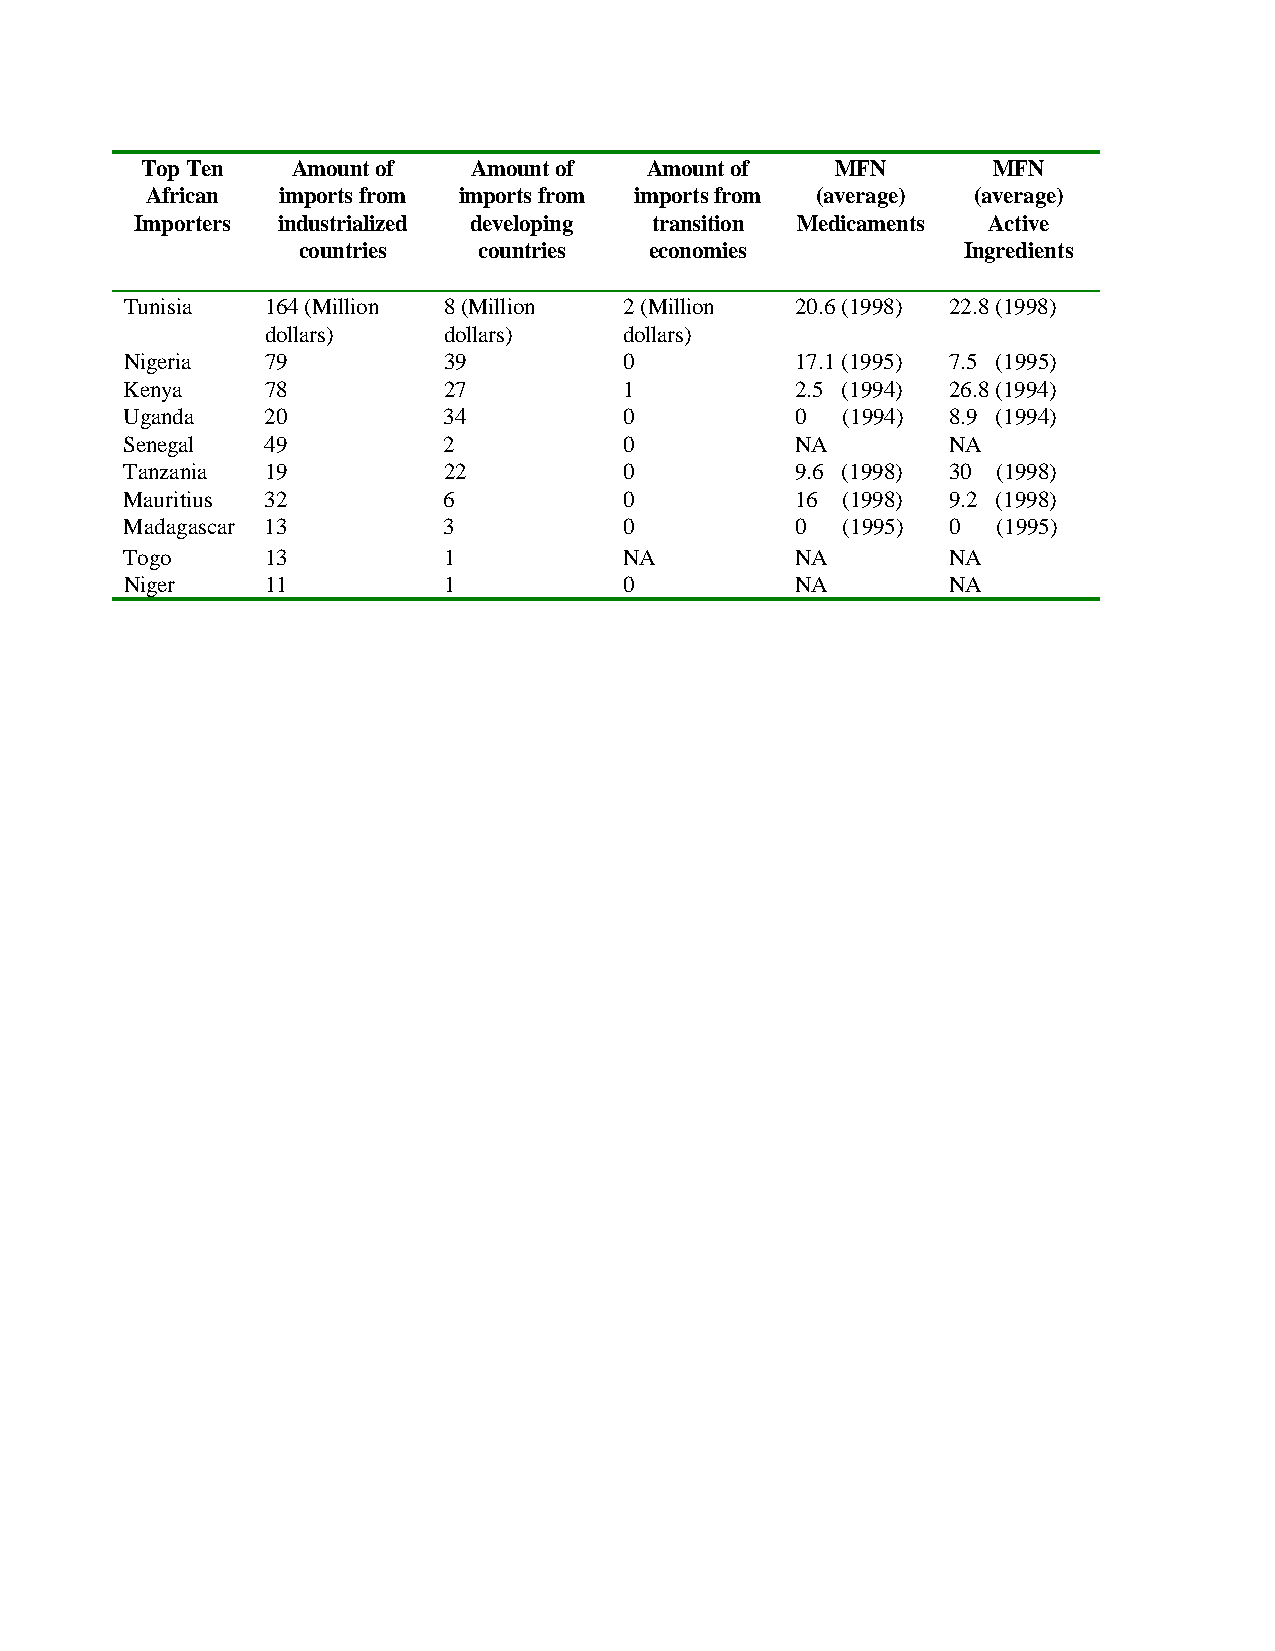
Top Ten   Amount of   Amount of   Amount of   MFN        MFN
 African imports from imports from imports from (average) (average)
 Importers industrialized developing transition Medicaments Active
 countries   countries  economies            Ingredients
 Tunisia   164 (Million 8 (Million 2 (Million 20.6 (1998) 22.8 (1998)
 dollars)   dollars)    dollars)
 Nigeria   79         39          0           17.1 (1995) 7.5 (1995)
 Kenya     78         27          1           2.5 (1994) 26.8 (1994)
 Uganda    20         34          0           0  (1994) 8.9 (1994)
 Senegal   49         2           0           NA        NA
 Tanzania  19         22          0           9.6 (1998) 30 (1998)
 Mauritius 32         6           0           16 (1998) 9.2 (1998)
 Madagascar 13        3           0           0  (1995) 0  (1995)
 Togo      13         1           NA          NA        NA
 Niger     11         1           0           NA        NA